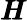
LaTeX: \pmb{H}